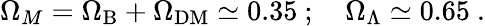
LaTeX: \Omega_{M}=\Omega_{\mathrm{B}}+\Omega_{\mathrm{DM}}\simeq 0.35~;~~~~\Omega_{\Lambda}\simeq 0.65~.